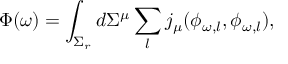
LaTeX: \Phi ( \omega ) = \int _ { \Sigma _ { r } } d \Sigma ^ { \mu } \sum _ { l } j _ { \mu } ( \phi _ { \omega , l } , \phi _ { \omega , l } ) ,